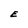
Character: E